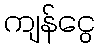
ကျန်ငွေ